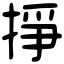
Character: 掙